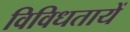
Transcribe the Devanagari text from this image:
विविधतायें